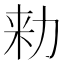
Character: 𠡠